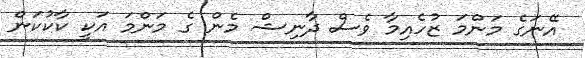
އޭނަގެ މަންމަ ޒުހެއިމާ ވެސް ދާނިޝް މެން ގެ މަންމަ އަކީ ކާކުކަން